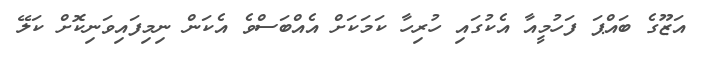
އަޒޫގެ ބައްޕަ ފަހުމީއާ އެކުގައި ހުރިހާ ކަމަކަށް އެއްބަސްވެ އެކަން ނިމިފައިވަނިކޮށް ކަލޭ